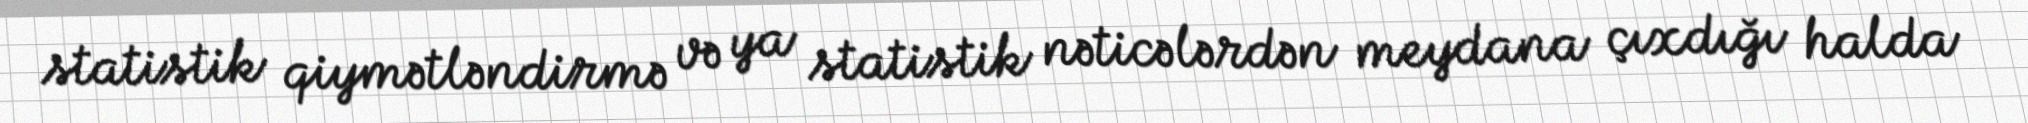
statistik qiymətləndirmə və ya statistik nəticələrdən meydana çıxdığı halda